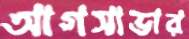
আগসাভার